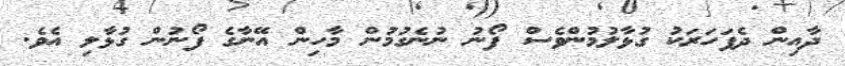
ދާއިން ދެފަހަރަކު ގުޅާލުމުންވެސް ފޯނު ނުނެގުމުން މާހިން އޭނާގެ ފޯނުން ގުޅާލި އެވެ.